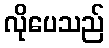
လိုပေသည်